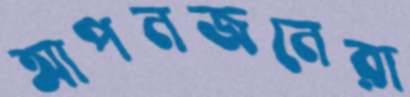
আপনজনেরা